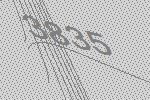
3835